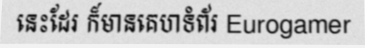
នេះដែរ ក៏មានគេហទំព័រ Eurogamer